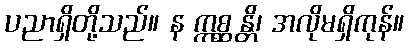
ပညာရှိတို့သည်။ န ဣစ္ဆန္တိ၊ အလိုမရှိကုန်။